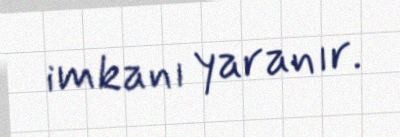
imkanı yaranır.